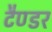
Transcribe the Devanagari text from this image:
टैण्डर